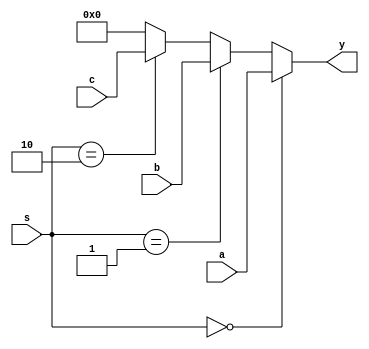
`timescale 1ns / 1ps
//////////////////////////////////////////////////////////////////////////////////
// Company: 
// Engineer: 
// 
// Design Name: 
// Module Name: mux3x1_forward
// Project Name: 
// Target Devices: 
// Tool Versions: 
// Description: 
// 
// Dependencies: 
// 
// Revision:
// Revision 0.01 - File Created
// Additional Comments:
// 
//////////////////////////////////////////////////////////////////////////////////


module mux3x1_forward(
	input wire [31:0] a,b,c,
	input wire [1:0] s,
	output wire [31:0] y
    );
	assign y = (s == 2'b00)? a:
			   (s == 2'b01)? b:
			   (s == 2'b10)? c:
			   32'b0;
endmodule